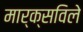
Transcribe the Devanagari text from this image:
मार्क्सविले